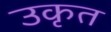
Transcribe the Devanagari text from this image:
उकृत